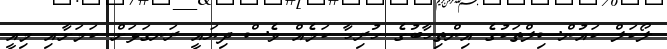
ލޯކަލް ކައުންސިލްތަކުގެ އިންތިހާބުގެ ހުރިހާ ކަމެއް ވެސް ދިޔައީ ރަނގަޅަށް ކަމަށާއި މިއީ